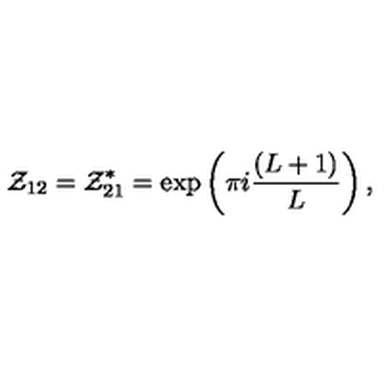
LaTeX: { \cal Z } _ { 1 2 } = { \cal Z } _ { 2 1 } ^ { * } = \exp \left( \pi i \frac { ( L + 1 ) } { L } \right) ,